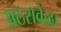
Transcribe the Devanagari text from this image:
अठरावेळा